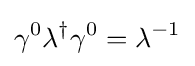
\gamma ^{0}\lambda ^{\dagger }\gamma ^{0}=\lambda ^{-1}